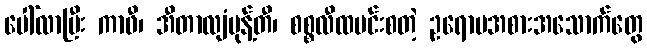
ပေါ်လာပြီး ကာဖီ၊ အီတာလျံမုန့်တီ၊ စစ္စလီထမင်းစတဲ့ ဥရောပအစားအသောက်တွေ